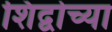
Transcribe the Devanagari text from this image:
शिद्वोच्या